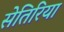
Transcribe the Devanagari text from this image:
सेतिरिया